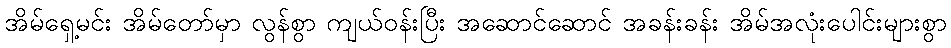
အိမ်ရှေ့မင်း အိမ်တော်မှာ လွန်စွာ ကျယ်ဝန်းပြီး အဆောင်ဆောင် အခန်းခန်း အိမ်အလုံးပေါင်းများစွာ